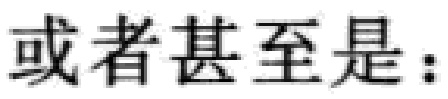
或者甚至是：